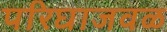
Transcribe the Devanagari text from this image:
परिघाजवळ